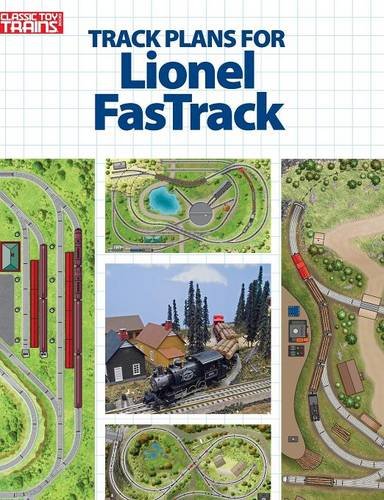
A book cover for Track Plans for Lionel Fastrack (Classic Toy Trains Books); Classic Toy Train magazine; Crafts, Hobbies & Home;